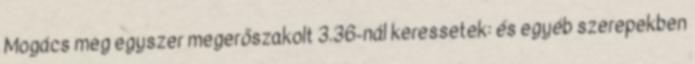
Mogács meg egyszer megerőszakolt 3.36-nál keressetek: és egyéb szerepekben